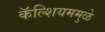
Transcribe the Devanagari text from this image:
कॅल्शियममुळे